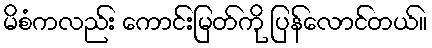
မိစံကလည်း ကောင်းမြတ်ကို ပြန်လောင်တယ်။